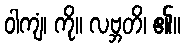
ဝါကျံ၊ ကို။ လဗ္ဘတိ၊ ၏။